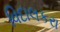
વિદાલકરા